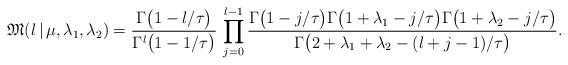
LaTeX: \begin{align*}\mathfrak{M}(l\,|\,\mu,\lambda_1,\lambda_2) =\frac{\Gamma\bigl(1-l/\tau\bigr)} {\Gamma^l\bigl(1-1/\tau\bigr)}\,\prod\limits_{j=0}^{l-1}\frac{\Gamma\bigl(1-j/\tau\bigr)\Gamma\bigl(1+\lambda_1-j/\tau\bigr)\Gamma\bigl(1+\lambda_2-j/\tau\bigr)}{\Gamma\bigl(2+\lambda_1+\lambda_2-(l+j-1)/\tau\bigr)}.\end{align*}